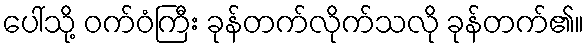
ပေါ်သို့ ဝက်ဝံကြီး ခုန်တက်လိုက်သလို ခုန်တက်၏။